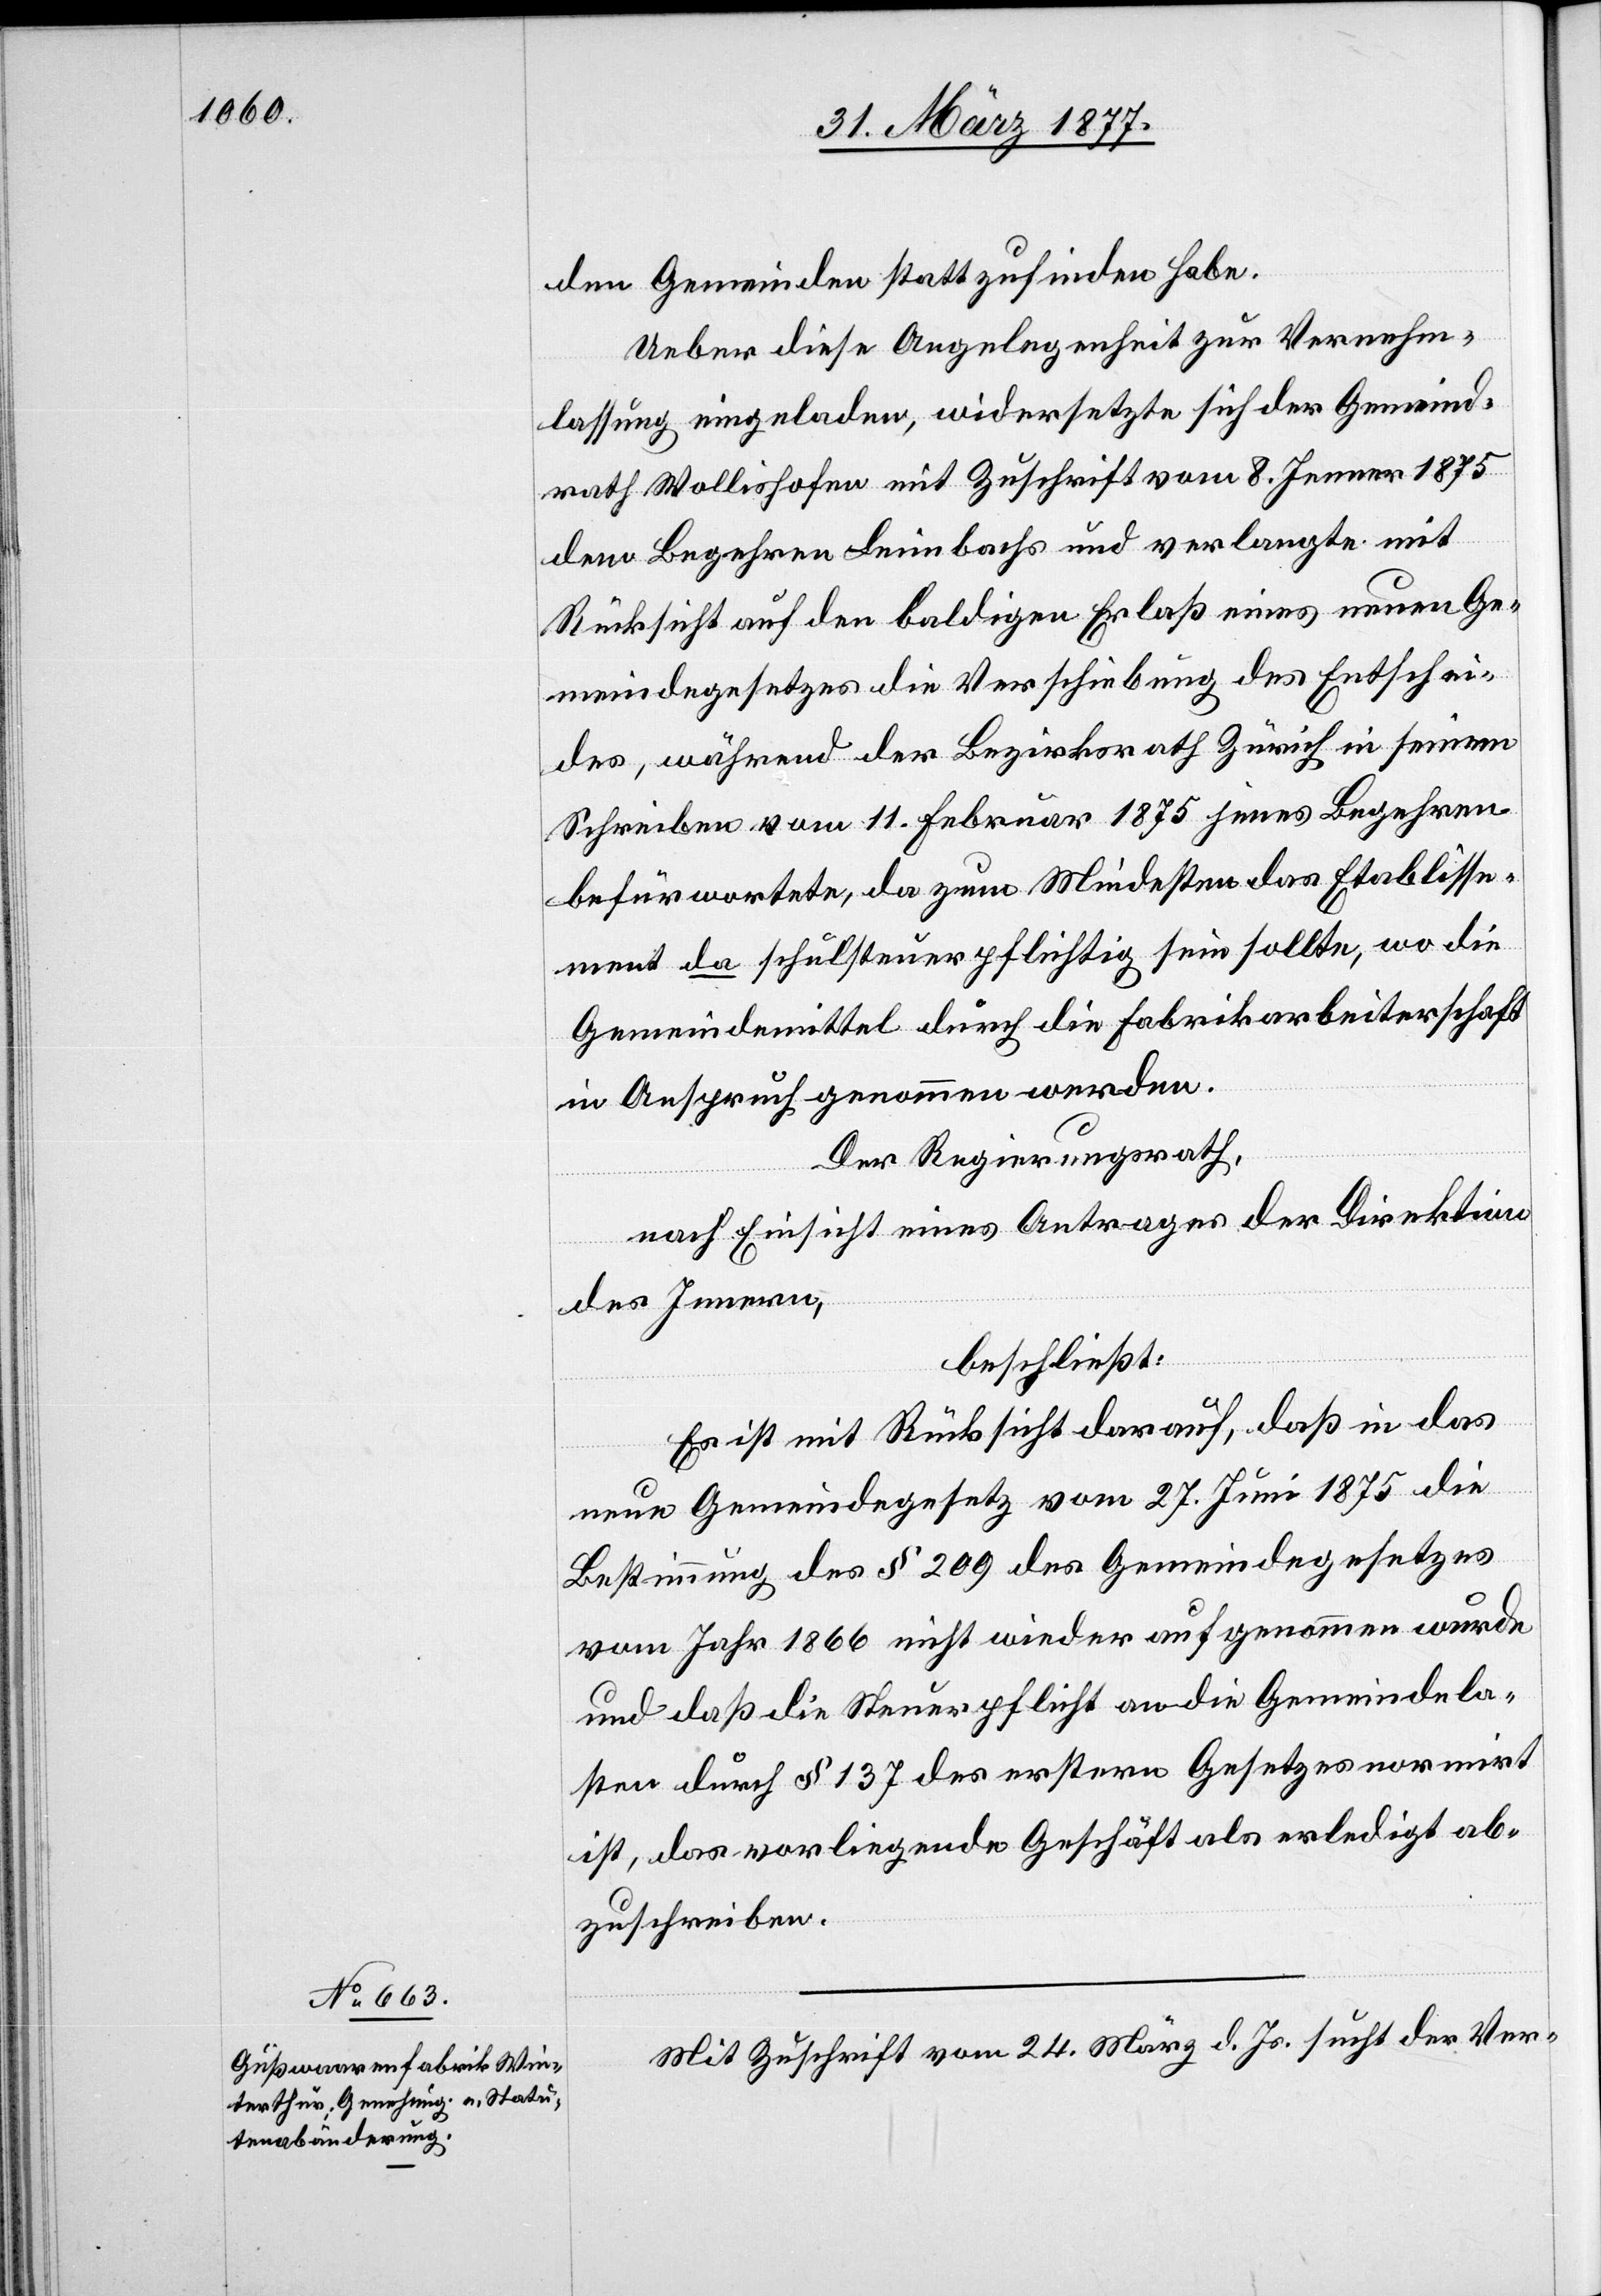
den Gemeinden stattzufinden habe.
Ueber diese Angelegenheit zur Vernehm¬
lassung eingeladen, widersetzte sich der Gemeind¬
rath Wollishofen mit Zuschrift vom 8. Jenner 1875
dem Begehren Leimbachs und verlangte mit
Rücksicht auf den baldigen Erlaß eines neuen Ge¬
meindegesetzes die Verschiebung des Entschei¬
des, während der Bezirksrath Zürich in seinem
Schreiben vom 11. Februar 1875 jenes Begehren
befürwortete, da zum mindesten das Etablisse¬
ment da schulsteuerpflichtig sein sollte, wo die
Gemeindemittel durch die Fabrikarbeiterschaft
in Anspruch genommen werden.
Der Regierungsrath,
nach Einsicht eines Antrages der Direktion
des Innern,
beschließt:
Es ist mit Rücksicht darauf, daß in das
neue Gemeindegesetz vom 27. Juni 1875 die
Bestimmung des § 209 des Gemeindegesetzes
vom Jahr 1866 nicht wieder aufgenommen wurde
und daß die Steuerpflicht an die Gemeindela¬
sten durch § 137 des erstern Gesetzes normirt
ist, das vorliegende Geschäft als erledigt ab¬
zuschreiben.
Mit Zuschrift vom 24. März d. Js. sucht der Ver-